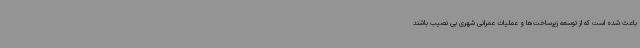
باعث شده است که از توسعه زیرساخت‌ها و عملیات عمرانی شهری بی نصیب باشند